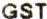
GST